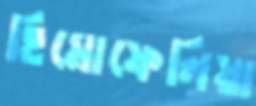
হিমোফেলিয়া